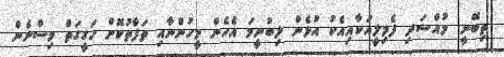
ތިބޭނީ. މުއްސަދި ފެމިލީއަކާއިއެކު އުޅެން ލިބުނީމަ އެހެން މީހުންނާއި ތަފާތުކޮށް ހަގީގަތް ވިސްނެން